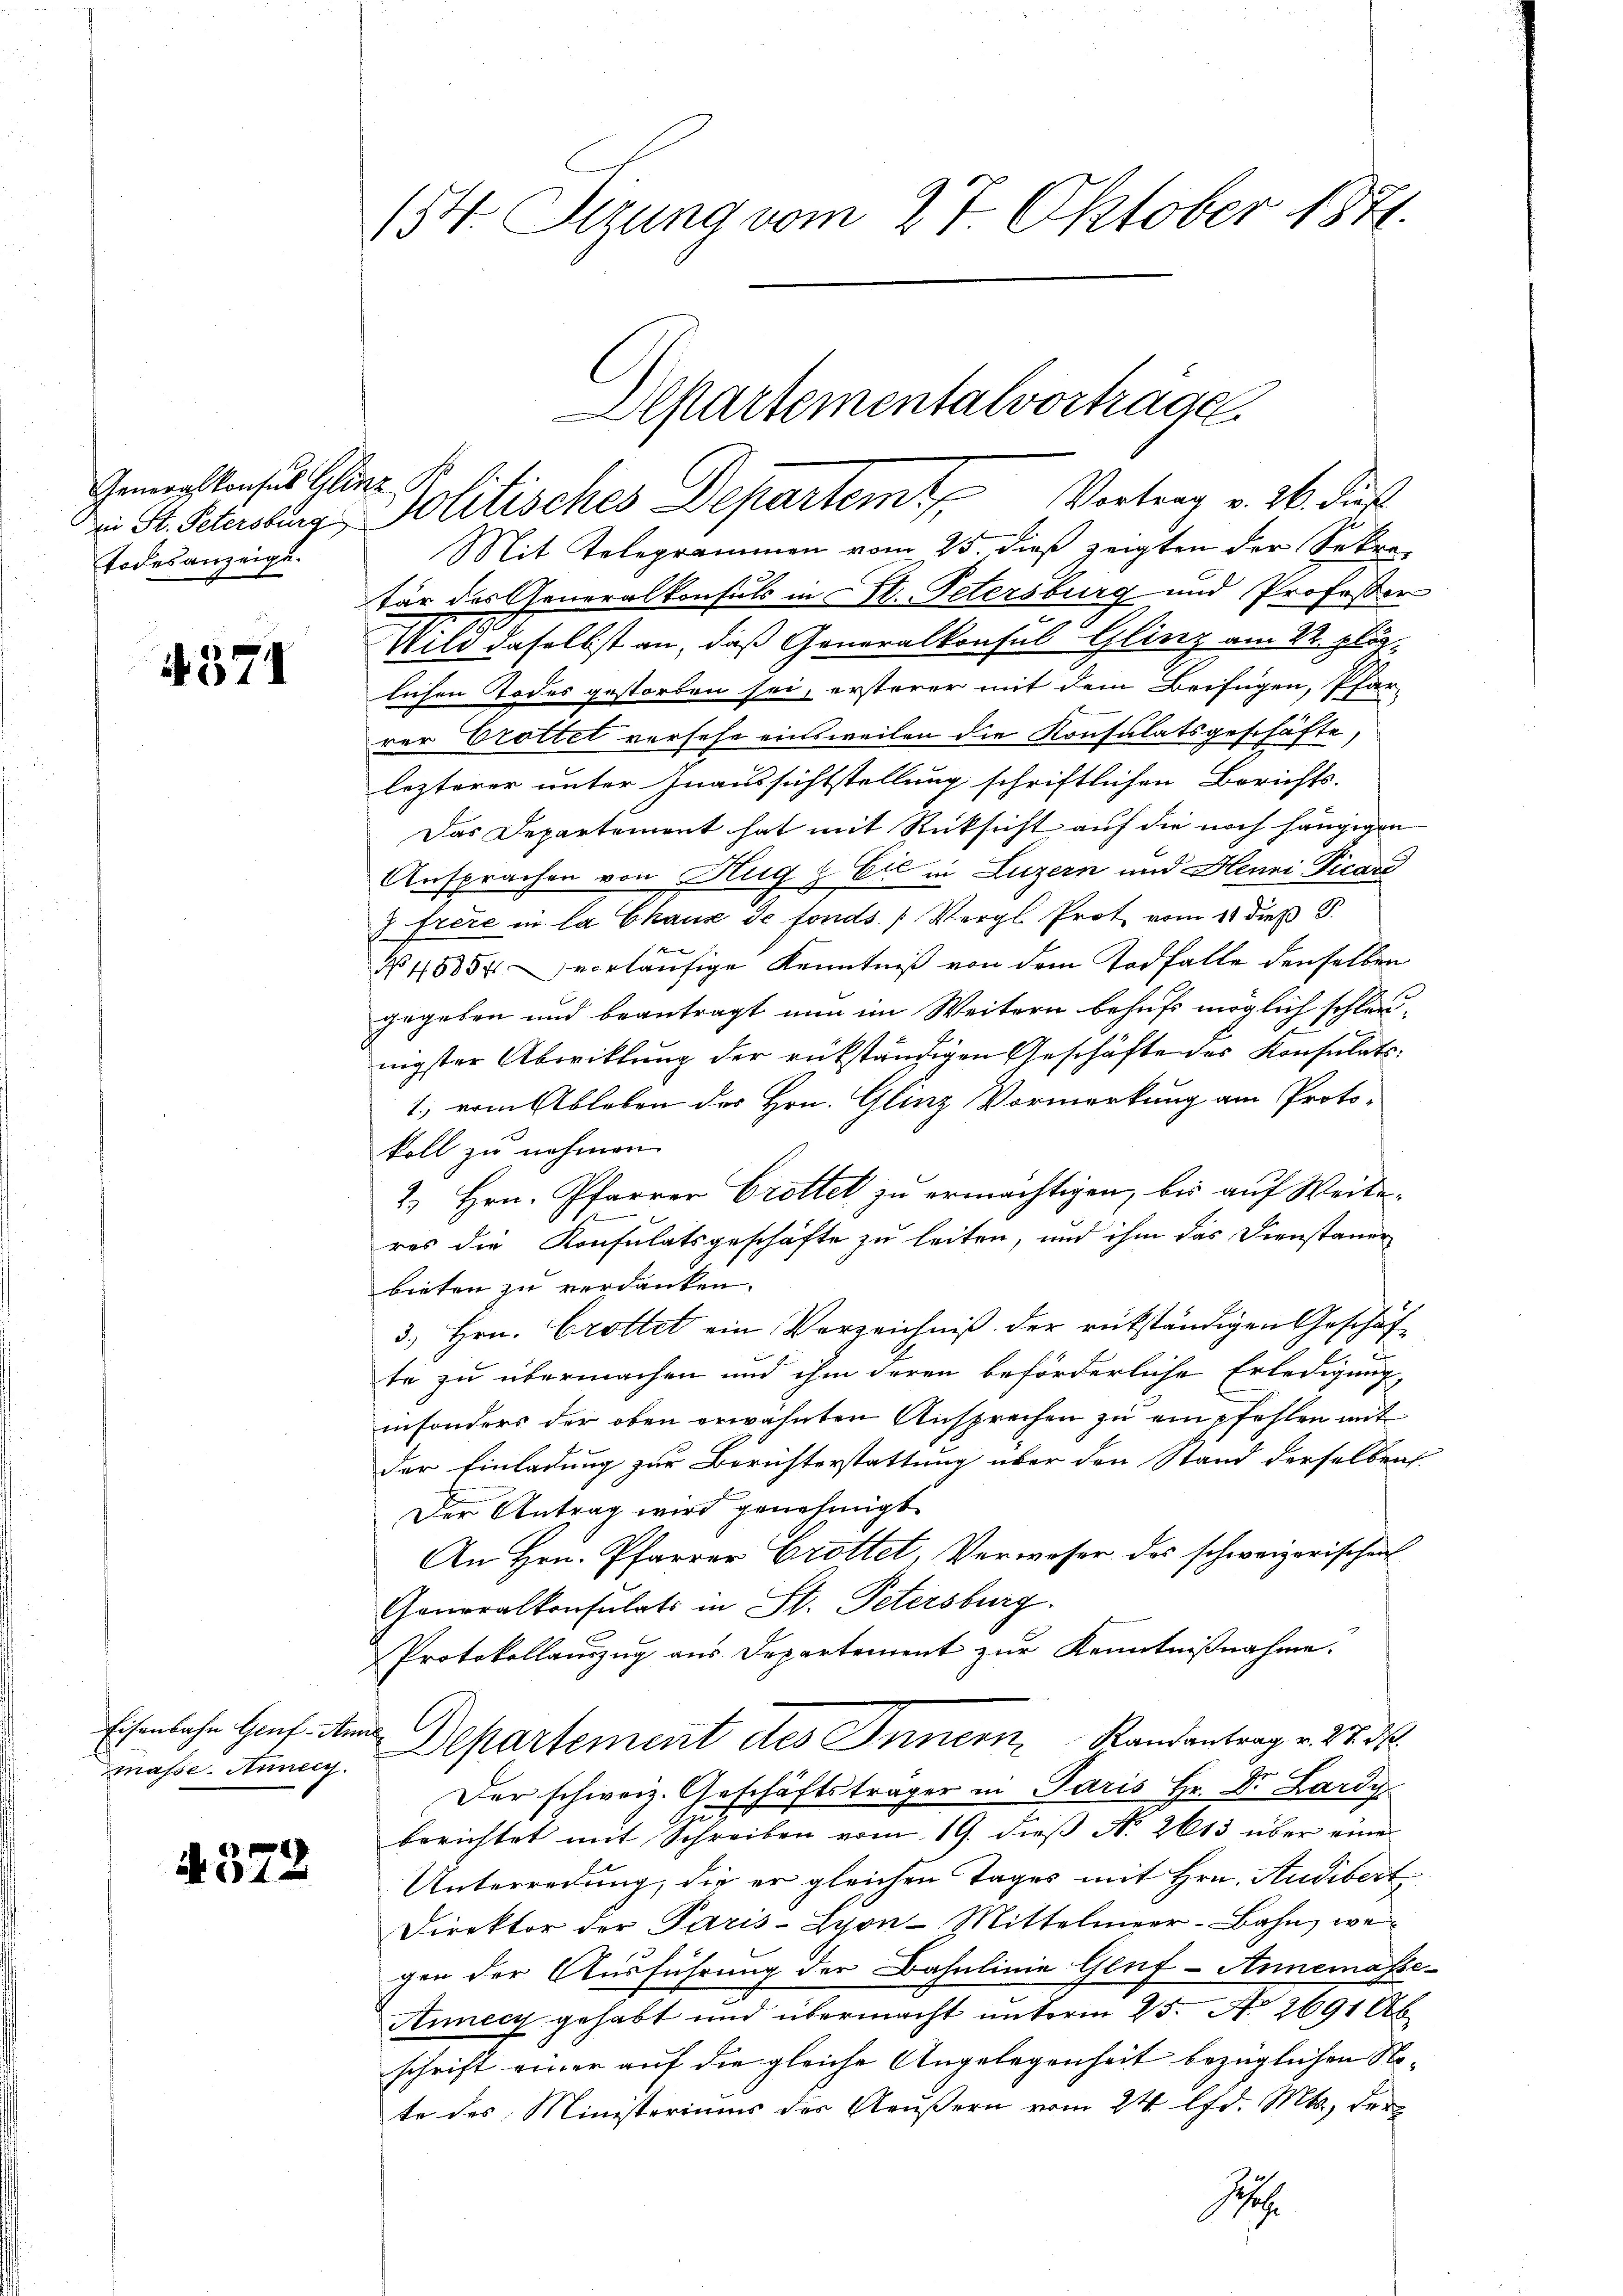
Generalkonses Glinz
ai St. Petersburg
Todesanzeige.

4571

masse Annig.

4. 572

154. Sizung vom 27. Oktober 1841.

Politisches Departemt. Vertrag v. 26. di
Mit Telegrammen vom 25. dieß zeigten der Sekretär des Generalkonsuls in St. Petersburg und Professor
Wild daselbst an, daß Generalkonsul Glinz am 22. plälichen Todes gestorben sei, ersterer mit dem Beifügen, Pfar-
rer Erottet vorsehe einsweilen die Konsulatsgeschäfte,
lezterer unter Inaussichtstellung schriftlichen Berichts-
Das Departement hat mit Rücksicht auf die noch hängigen
Ansprachen von Hug & Eis in Luzern und Henni Vicare
 freie in la Chaux de fonds. (Vergl. Prot vom 11 dieß S.
N 48854 vorläufige Kenntniß von dem Todfalle denselben
gegeben und beantragt nun im Weitern behufs möglich schleunigster Abwicklung der rükständigen Geschäfte des Konsulats-
1) vom Ableben des Hrn. Glinz Vormerkung am Protokoll zu nehmen.
2.) Hrn. Pfarrer Crettel zu ermächtigen, bis auf Weiteres die Konsulatsgeschäfte zu leiten, und ihm das Dienstauer
bieten zu verdanken.
3., Hrn. Grottet ein Verzeichniβ der rückständigen Geschäf-
d
te zu übermachen und ihm deren beförderliche Erledigung,
insonders der oben erwähnten Ansprechen zu empfehlen mit
der Einladung zur Berichterstattung über den Stand derselben
Der Antrag wird genehmigt
An Hrn. Pfarrer Grottet, Verwoher des schweizerischen
Generalkonsulats in St. Petersburg.
Protokollauszug aus Departement zur Kenntnißnahme.
Eisenbahn Genf. An Departement des Innern Randantrag v. 27. d.
Der schweiz. Geschäftsträger in Paris Hr. Dr. Lardy
h
berichtet mit Schreiben vom 19. dieß N. 2613 über eine
Unterredung, die er gleichen Tages mit Hrn. Audibert
Direktor der Paris-Lyon-Mittelmeer-Bahn, wegen der Ausführung der Bahnlinie Genf - Annemasse
Annécz gehabt und übermacht unterm 25. No 2691 Ab
schrift einer auf die gleiche Angelegenheit bezüglichen No-
te des Ministeriums der Aeußern vom 24 lfd. Mts., der
S

Alpartementalvorträge